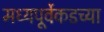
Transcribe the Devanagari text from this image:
मध्यपूर्वेकडच्या